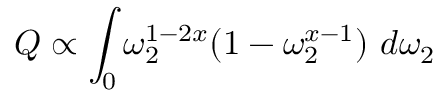
Q \propto \int _ { 0 } \omega _ { 2 } ^ { 1 - 2 x } ( 1 - \omega _ { 2 } ^ { x - 1 } ) \ d \omega _ { 2 }